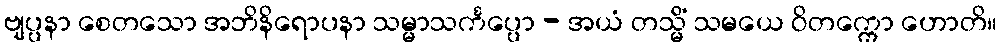
ဗျပ္ပနာ စေတသော အဘိနိရောပနာ သမ္မာသင်္ကပ္ပော - အယံ တသ္မိံ သမယေ ဝိတက္ကော ဟောတိ။